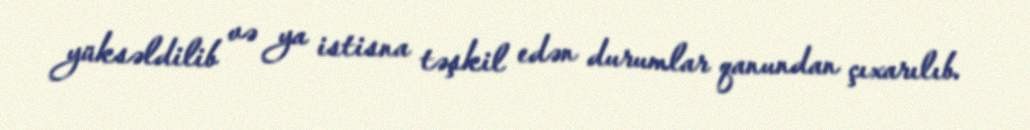
yüksəldilib və ya istisna təşkil edən durumlar qanundan çıxarılıb.